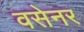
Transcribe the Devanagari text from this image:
वसेनर